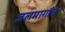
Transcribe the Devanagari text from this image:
जलमार्गाचे